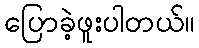
ပြောခဲ့ဖူးပါတယ်။